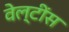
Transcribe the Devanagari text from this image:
वेल्टींस